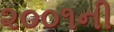
૨૦૦૧ની